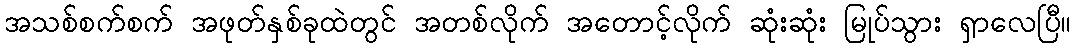
အသစ်စက်စက် အဖုတ်နှစ်ခုထဲတွင် အတစ်လိုက် အတောင့်လိုက် ဆုံးဆုံး မြုပ်သွား ရှာလေပြီ။